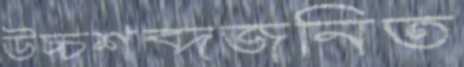
উচ্চশব্দজনিত